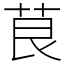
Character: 茛